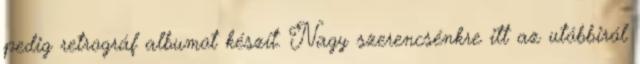
pedig retrográf albumot készít. Nagy szerencsénkre itt az utóbbiról